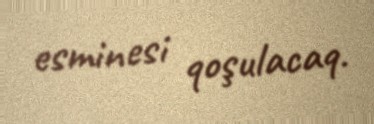
esminesi qoşulacaq.